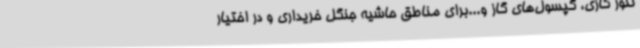
تنور گازی، کپسول‌های گاز و...برای مناطق حاشیه جنگل خریداری و در اختیار